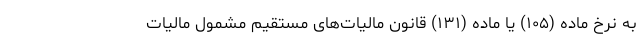
به نرخ ماده (۱۰۵) یا ماده (۱۳۱) قانون مالیات‌های مستقیم مشمول مالیات